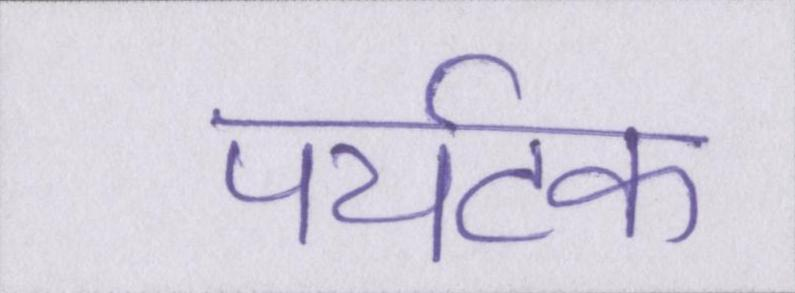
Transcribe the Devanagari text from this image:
पर्यटक